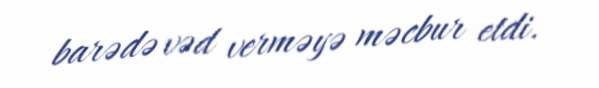
barədə vəd verməyə məcbur etdi.